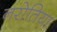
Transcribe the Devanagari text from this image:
नरोतिया